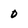
Character: 0